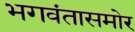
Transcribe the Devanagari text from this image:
भगवंतासमोर